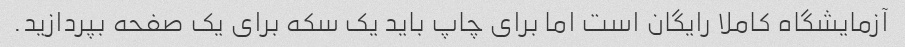
آزمایشگاه کاملا رایگان است اما برای چاپ باید یک سکه برای یک صفحه بپردازید.